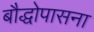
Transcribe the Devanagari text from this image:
बौद्धोपासना